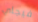
فيجاي